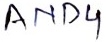
Text: AND4